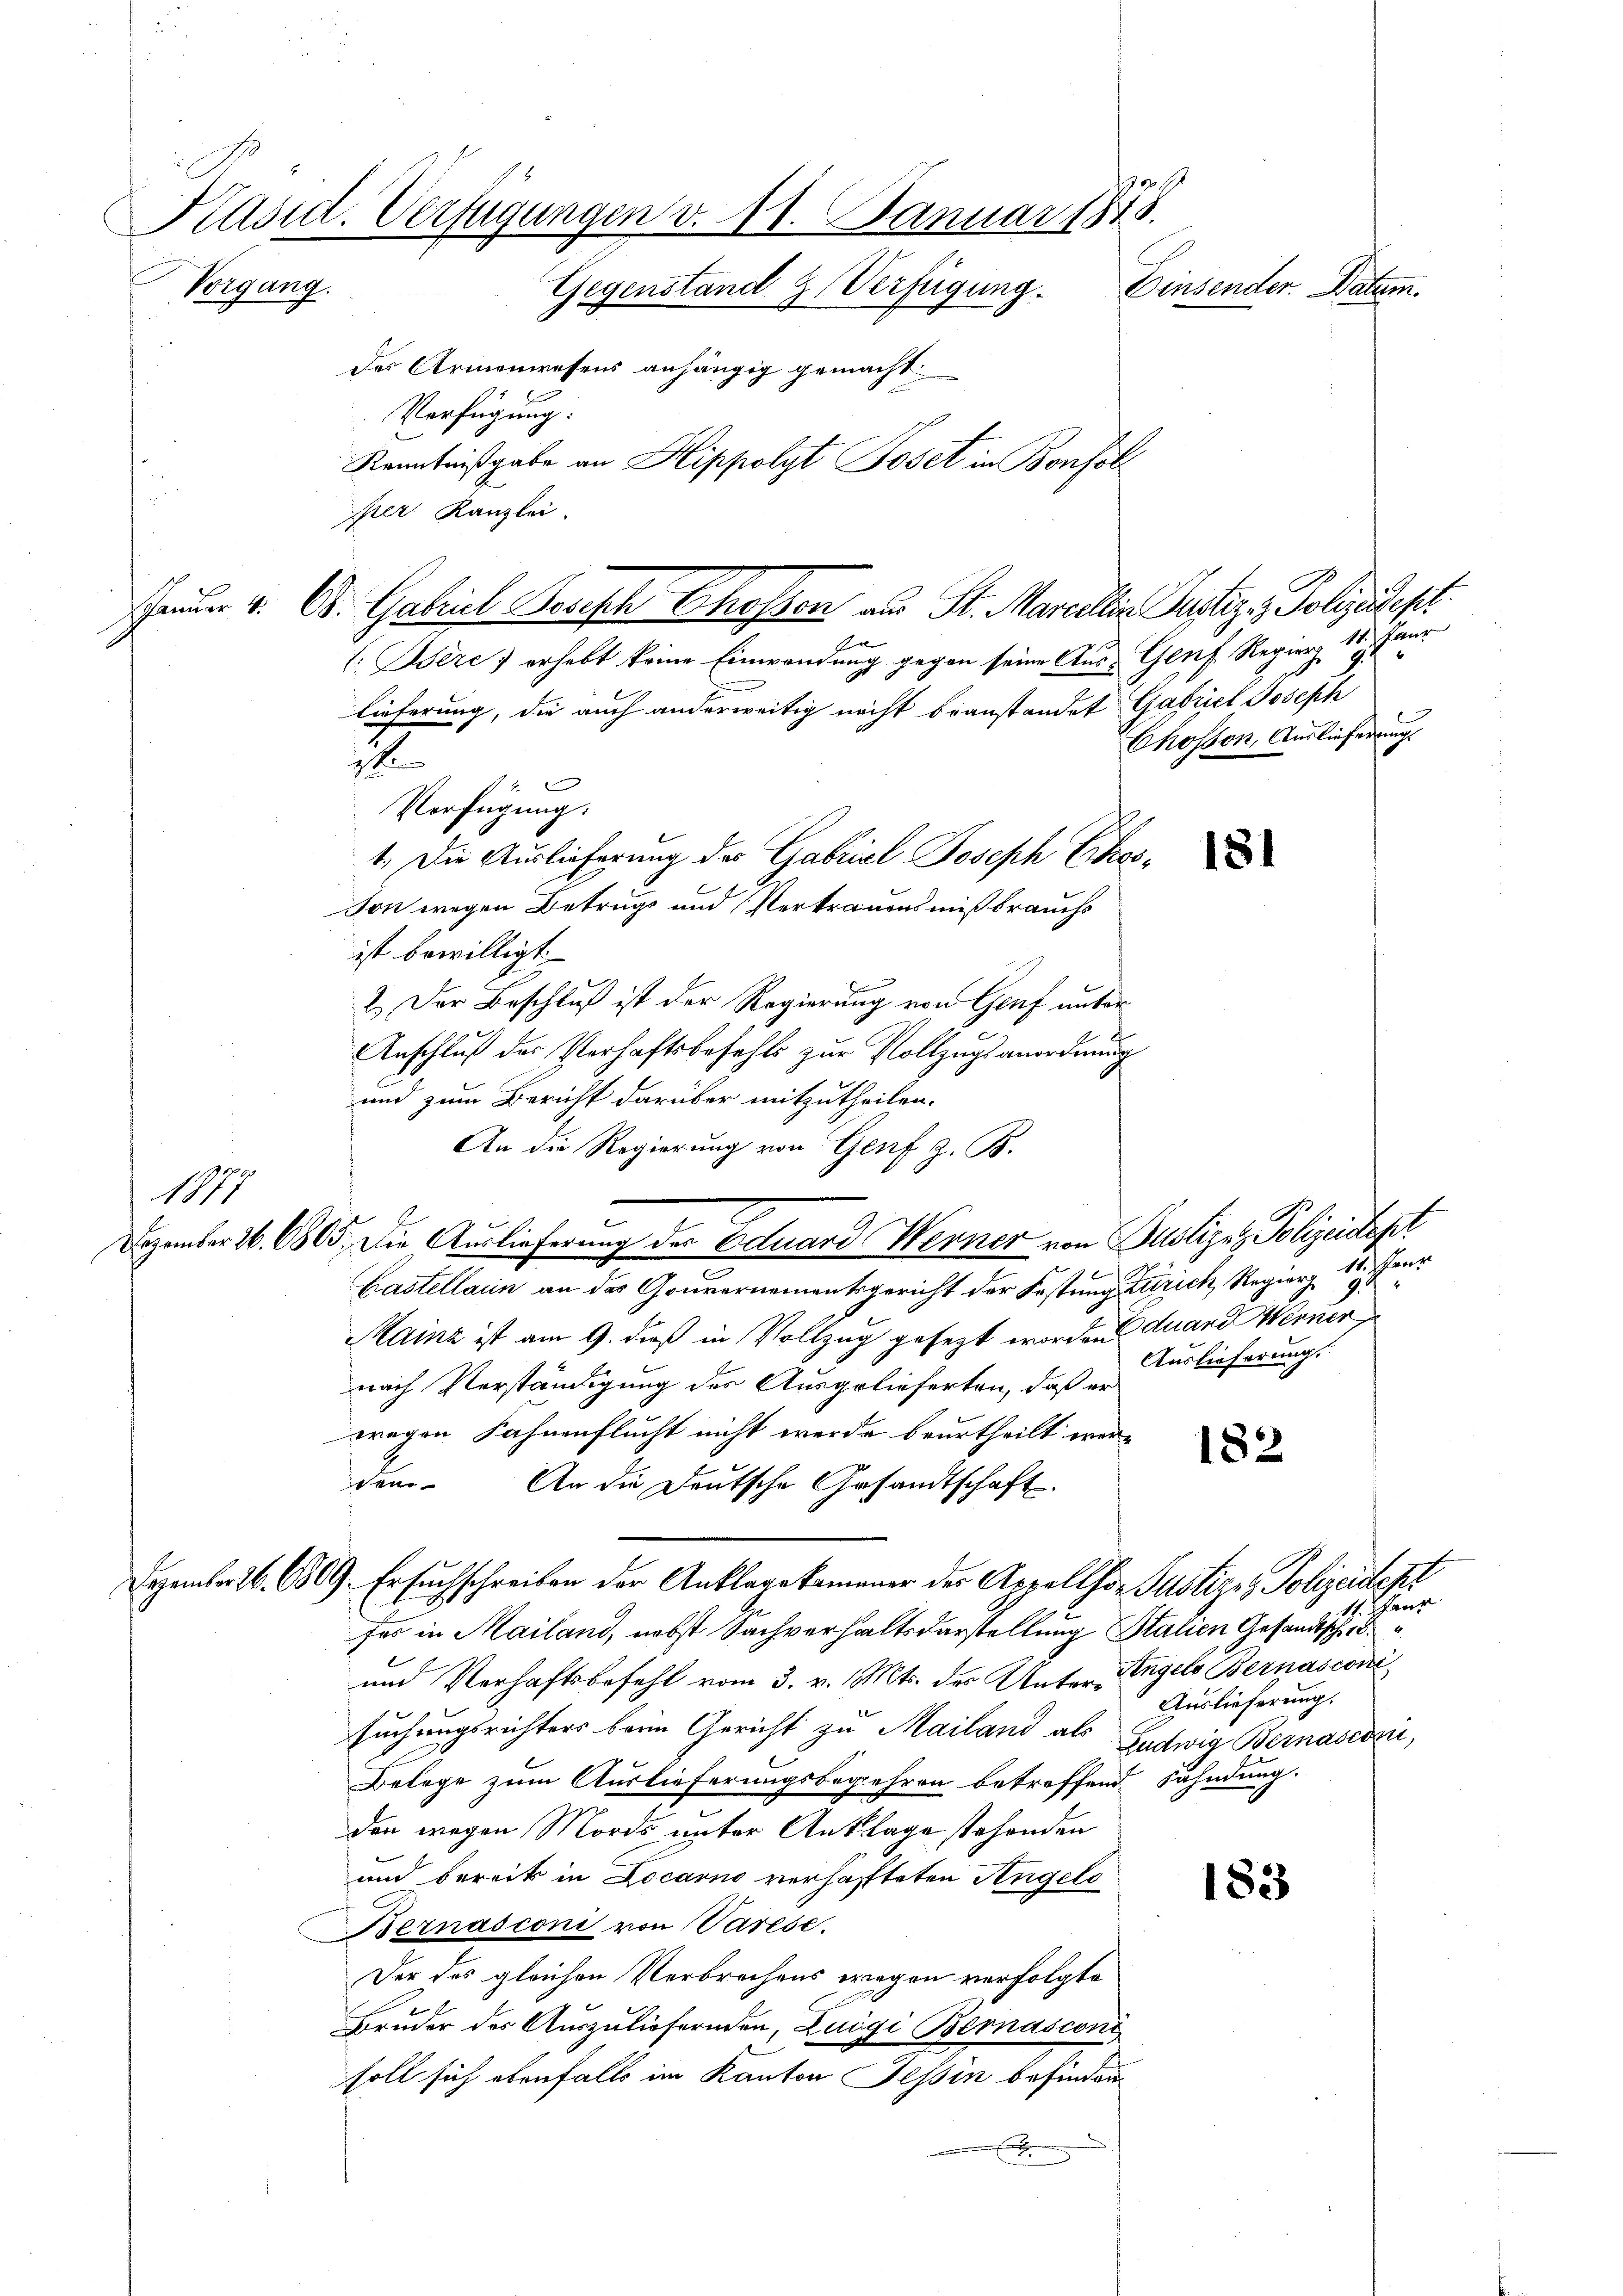
Präsid. Verfügungen v. 11. Januar 1818.
Einsender. Datum.
Gegenstand z. Verfügung.
des Armenwesens anhängig gemacht
Verfügung:
Kenntnißgabe an Hippolyt Poset in Bonfol
sser Kanzlei

Vorgang.

1877

auder v. B. Gabriel Besisch Chossen aus St. Marcellin Justiz - Polizeidept
F
C. Bere) erhebt keine Einwendung gegen seine Aus- Genf. Regierz 18, Paur

lieferung, die auch anderweitig nicht beanstandet Gabriel Joseph
1. Die Auslieferung der Gabriel Joseph Ethos-
Ton wegen Betrugs und Vertrauensmißbrauchs
ist bewilligt.
2.) Der Beschluß ist der Regierung von Genf unter¬
Anschluß der Verhaftsbefehls zur Vollzugsanordnung
und zum Bericht darüber mitzutheilen.
An die Regierung von Genf z. B.
Castellarin an das Gouvernementsgericht der Fastung Zürich, Regier, 16. Janz
Mainz ist am 9. dieß in Vollzug gesezt worden duard Werner
nach Verständigung des Ausgelieferten, daß er
ragen Fahnenflucht nicht werde beurtheilt werden. An die Deutsche Gesandtschaft.
Dezember 16. 609. Ersuchschreiben der Anklagekammer der Appellho- Polizei Polizeident
fes in Mailand, nebst Sachverhaltsdarstellung Stalien Gesandtscheid
und Verhaftsbefehl vom 3. v. Mts. des Unter-Angels Bernasconi
suchungsrichters beim Gericht zu Mailand als Ludwig Bernascozii,
Belege zum Auslieferungsbegehren betreffend Fahndung.
den wegen Mords unter Anklage stehenden
und bereits in Locarno verhafteten Angelo
Bernasconi von Varese.
Der des gleichen Verbrechens wegen verfolgte
Bruder der Auszuliefernden, Luigi Bernasconi
soll sich ebenfalls im Kanton Tessin befinden

1
 1 E
Verfügung:

Dezember 16. 1905. Die Auslieferung der Eduard Werner von Publizei Polizeidept

Auslieferung.

Chosson, Auslieferungs

182

11. Janr
Auslieferung.

183